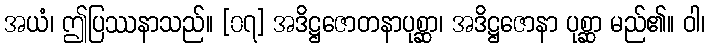
အယံ၊ ဤပြဿနာသည်။ [၀၇] အဒိဋ္ဌဇောတနာပုစ္ဆာ၊ အဒိဋ္ဌဇောနာ ပုစ္ဆာ မည်၏။ ဝါ၊